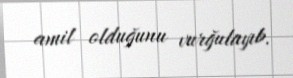
amil olduğunu vurğulayıb.